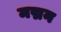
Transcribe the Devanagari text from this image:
मद्मन